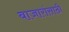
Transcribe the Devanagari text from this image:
बाजारांसाठी